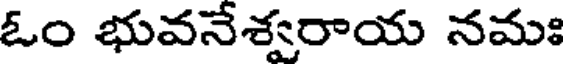
ఓం భువనేశ్వరాయ నమః